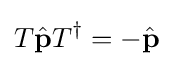
T{\hat {\mathbf {p} }}T^{\dagger }=-{\hat {\mathbf {p} }}